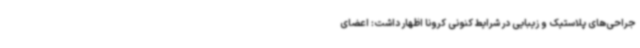
جراحی‌های پلاستیک و زیبایی در شرایط کنونی کرونا اظهار داشت: اعضای